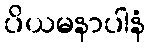
ပိယမနာပါနံ